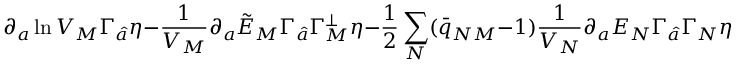
\partial _ { a } \ln V _ { M } \Gamma _ { \hat { a } } \eta - { \frac { 1 } { V _ { M } } } \partial _ { a } \tilde { E } _ { M } \Gamma _ { \hat { a } } \Gamma _ { M } ^ { \perp } \eta - { \frac { 1 } { 2 } } \sum _ { N } ( \bar { q } _ { N M } - 1 ) { \frac { 1 } { V _ { N } } } \partial _ { a } E _ { N } \Gamma _ { \hat { a } } \Gamma _ { N } \eta \qquad \qquad